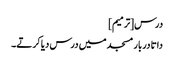
درس[ترمیم]
داتا دربار مسجد میں درس دیا کرتے۔